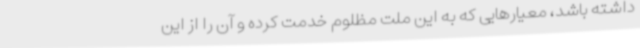
داشته باشد، معیارهایی که به این ملت مظلوم خدمت کرده و آن را از این